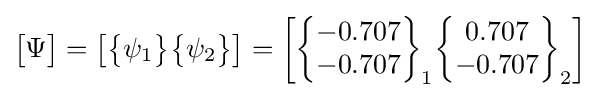
{\begin{bmatrix}\Psi \end{bmatrix}}={\begin{bmatrix}{\begin{Bmatrix}\psi _{1}\end{Bmatrix}}{\begin{Bmatrix}\psi _{2}\end{Bmatrix}}\end{bmatrix}}={\begin{bmatrix}{\begin{Bmatrix}-0.707\\-0.707\end{Bmatrix}}_{1}{\begin{Bmatrix}0.707\\-0.707\end{Bmatrix}}_{2}\end{bmatrix}}